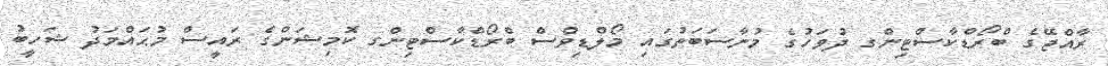
ރާއްޖޭގެ ބްރޯޑްކާސްޓިންގ ދުވަހުގެ މުނާސަބަތުގައި މޯލްޑިވްސް ބްރޯޑްކާސްޓިންގ ކޮމިޝަންގެ ރައީސް މުޙައްމަދު ޝަހީބު